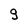
Character: g